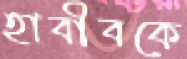
হাবীবকে